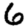
Digit: 6